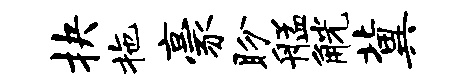
抉拖豪盼艋觥冀